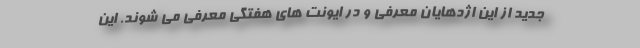
جدید از این اژدهایان معرفی و در ایونت های هفتگی معرفی می شوند. این